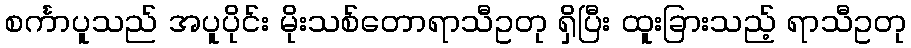
စင်္ကာပူသည် အပူပိုင်း မိုးသစ်တောရာသီဥတု ရှိပြီး ထူးခြားသည့် ရာသီဥတု